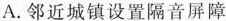
A.邻近城镇设置隔音屏障